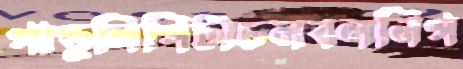
পাণ্ডুলিপিটাচলবলনিপ